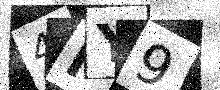
Text: 4IY9